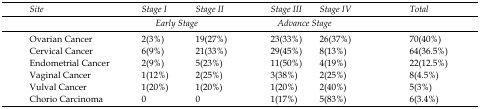
<table><thead><tr><td><b>Site</b></td><td><b>Stage I</b></td><td><b>Stage II</b></td><td><b>Stage III</b></td><td><b>Stage IV</b></td><td><b>Total</b></td></tr><tr><td></td><td colspan="2"><b>Early Stage</b></td><td colspan="2"><b>Advance Stage</b></td><td></td></tr></thead><tbody><tr><td>Ovarian Cancer</td><td>2(3%)</td><td>19(27%)</td><td>23(33%)</td><td>26(37%)</td><td>70(40%)</td></tr><tr><td>Cervical Cancer</td><td>6(9%)</td><td>21(33%)</td><td>29(45%)</td><td>8(13%)</td><td>64(36.5%)</td></tr><tr><td>Endometrial Cancer</td><td>2(9%)</td><td>5(23%)</td><td>11(50%)</td><td>4(19%)</td><td>22(12.5%)</td></tr><tr><td>Vaginal Cancer</td><td>1(12%)</td><td>2(25%)</td><td>3(38%)</td><td>2(25%)</td><td>8(4.5%)</td></tr><tr><td>Vulval Cancer</td><td>1(20%)</td><td>1(20%)</td><td>1(20%)</td><td>2(40%)</td><td>5(3%)</td></tr><tr><td>Chorio Carcinoma</td><td>0</td><td>0</td><td>1(17%)</td><td>5(83%)</td><td>6(3.4%)</td></tr></tbody></table>